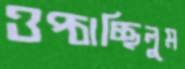
ওপ্‌চাচ্ছিলুম